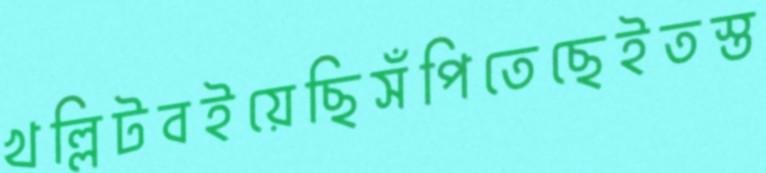
খল্লিটবইয়েছিসঁপিতেছেইতস্ত